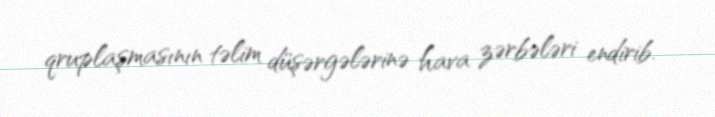
qruplaşmasının təlim düşərgələrinə hava zərbələri endirib.